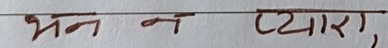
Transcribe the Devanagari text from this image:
भजन न प्यारा,